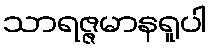
သာရဇ္ဇမာနရူပါ